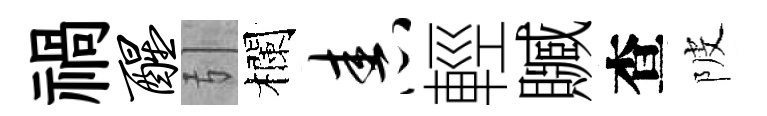
禍醒引欄舂輕贓查陂